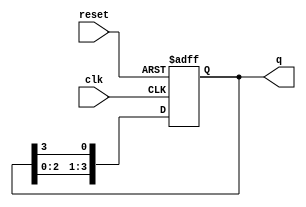
module ring_counter (
    input wire clk,          // Clock input
    input wire reset,        // Asynchronous reset input
    output reg [3:0] q       // 4-bit output
);

    // Initialization of the Ring Counter
    initial begin
        q = 4'b1000; // Set initial state to 1000
    end

    // Always block to define the behavior of the Ring Counter
    always @(posedge clk or posedge reset) begin
        if (reset) begin
            q <= 4'b1000; // Reset the counter to initial state
        end else begin
            // Shift the '1' to the next flip-flop in a circular manner
            q <= {q[2:0], q[3]}; // Shift left and wrap around
        end
    end

endmodule